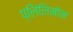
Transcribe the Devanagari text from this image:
प्लिंलिमोन